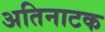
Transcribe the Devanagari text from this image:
अतिनाटक